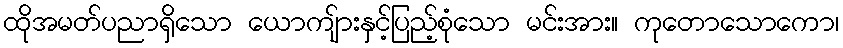
ထိုအမတ်ပညာရှိသော ယောကျ်ားနှင့်ပြည့်စုံသော မင်းအား။ ကုတောသောကော၊